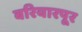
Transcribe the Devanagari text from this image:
बरियारपूर